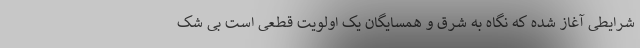
شرایطی آغاز شده که نگاه به شرق و همسایگان یک اولویت قطعی است بی شک